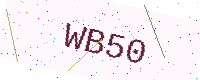
Text: WB50